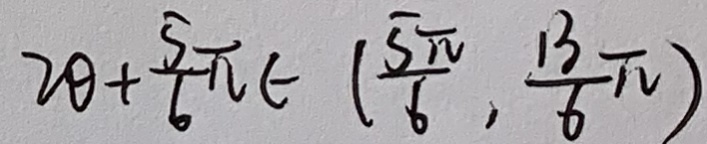
2 0 + \frac { 5 } { 6 } \pi \in ( \frac { 5 \pi } { 6 } , \frac { 1 3 } { 6 } \pi )